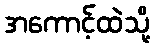
အကောင့်ထဲသို့